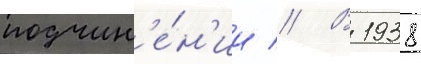
подчин'е́н'ии // В 1938